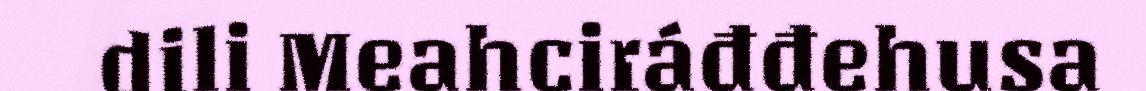
dili Meahciráđđehusa